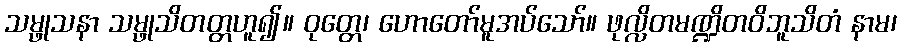
သမ္ဖုသနာ သမ္ဖုသိတတ္တဟူ၍။ ဝုတ္တေ၊ ဟောတော်မူအပ်သော်။ ဖုလ္လိတမဏ္ဍိတဝိဘူသိတံ နာမ၊